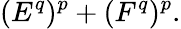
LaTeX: (E^{q})^{p}+(F^{q})^{p}.